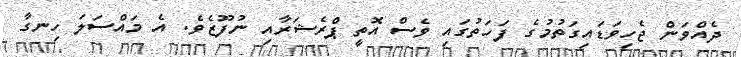
ދެއްވަން ޖެހިވަޑައިގަތުމުގެ ފަހަތުގައި ވެސް އޮތީ ޕްރެޝަރާއި ނުފޫޒެވެ. އެ މައްސަލަ ހިނގާ